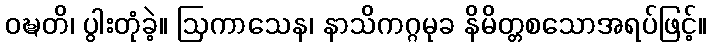
ဝဍ္ဎတိ၊ ပွါးတုံခဲ့။ ဩကာသေန၊ နာသိကဂ္ဂမုခ နိမိတ္တစသောအရပ်ဖြင့်။